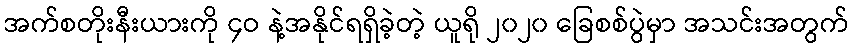
အက်စတိုးနီးယားကို ၄ဝ နဲ့အနိုင်ရရှိခဲ့တဲ့ ယူရို ၂၀၂၀ ခြေစစ်ပွဲမှာ အသင်းအတွက်